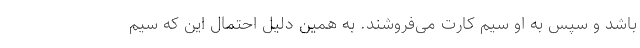
باشد و سپس به او سیم کارت می‌فروشند. به همین دلیل احتمال این که سیم